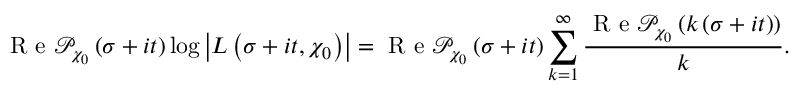
\textnormal { R e } \mathcal { P } _ { \chi _ { 0 } } \left( \sigma + i t \right) \log \left| L \left( \sigma + i t , \chi _ { 0 } \right) \right| = \textnormal { R e } \mathcal { P } _ { \chi _ { 0 } } \left( \sigma + i t \right) \sum _ { k = 1 } ^ { \infty } \frac { \textnormal { R e } \mathcal { P } _ { \chi _ { 0 } } \left( k \left( \sigma + i t \right) \right) } { k } .